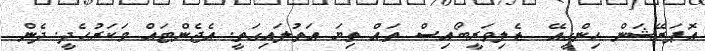
އޮޕަރޭޝަން ހިންގީއޭ  ޑެލިވަރީބޯއިސް ތައް ތިޔަ އަތުލައިގަތީ. އެޖެންޓައް މަކަރުހެދީ. ދެން